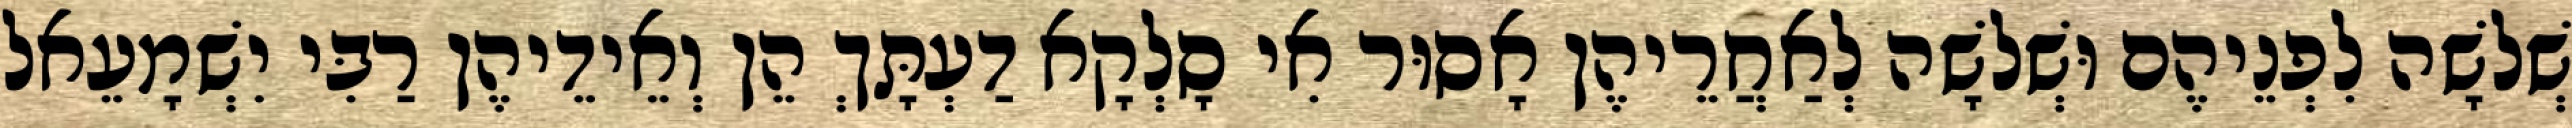
שְׁלֹשָׁה לִפְנֵיהֶם וּשְׁלֹשָׁה לְאַחֲרֵיהֶן אָסוּר אִי סָלְקָא דַעְתָּךְ הֵן וְאֵידֵיהֶן רַבִּי יִשְׁמָעֵאל